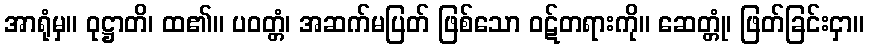
အာရုံမှ။ ဝုဋ္ဌာတိ၊ ထ၏။ ပဝတ္တံ၊ အဆက်မပြတ် ဖြစ်သော ဝဋ်တရားကို။ ဆေတ္တုံ၊ ဖြတ်ခြင်းငှာ။